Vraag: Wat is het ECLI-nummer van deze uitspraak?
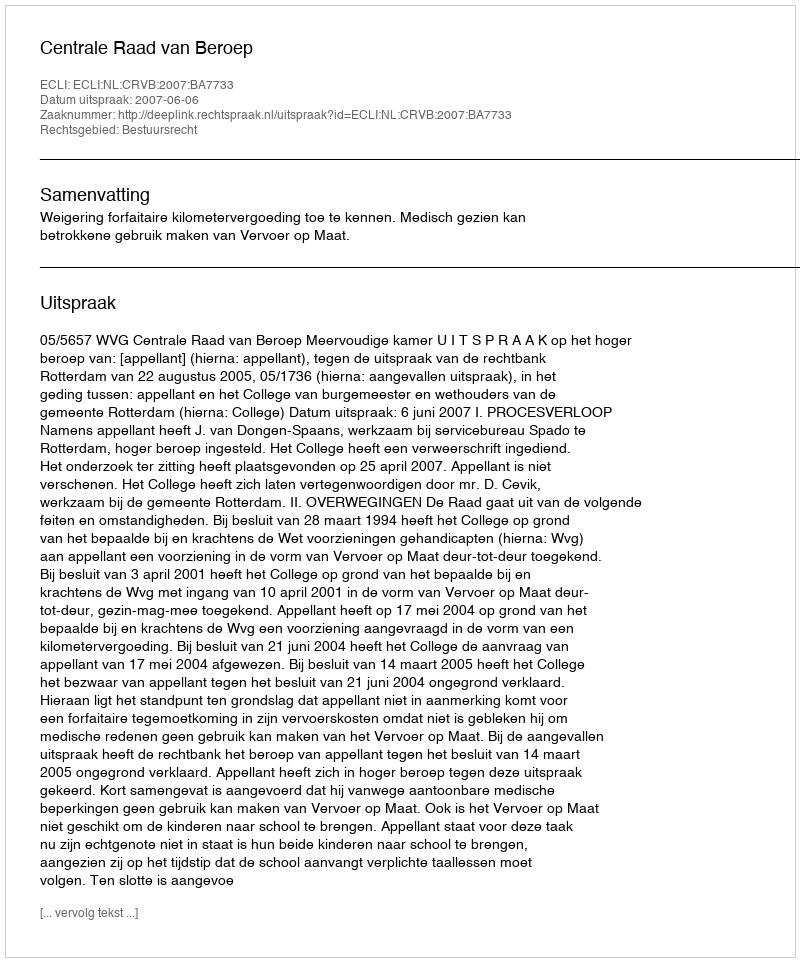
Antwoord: ECLI:NL:CRVB:2007:BA7733